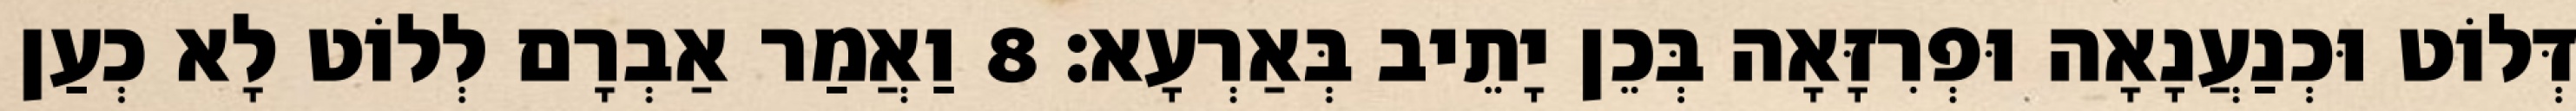
דְּלוֹט וּכְנַעֲנָאָה וּפְרִזָּאָה בְּכֵן יָתֵיב בְּאַרְעָא׃ 8 וַאֲמַר אַבְרָם לְלוֹט לָא כְעַן